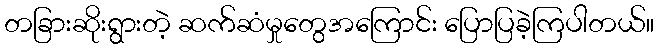
တခြားဆိုးရွားတဲ့ ဆက်ဆံမှုတွေအကြောင်း ပြောပြခဲ့ကြပါတယ်။